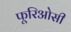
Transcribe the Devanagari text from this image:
फूरिओसी